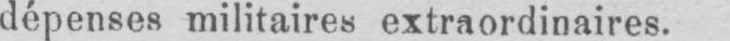
dépenses militaires extraordinaires.